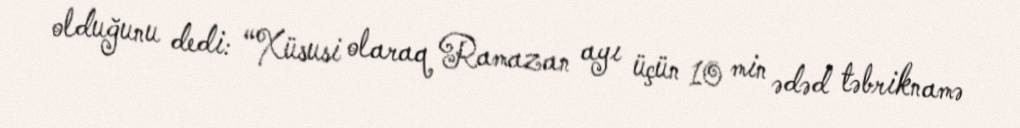
olduğunu dedi: “Xüsusi olaraq Ramazan ayı üçün 10 min ədəd təbriknamə